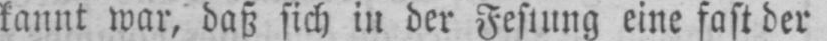
kannt war, daß sich in der Festung eine fast der